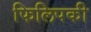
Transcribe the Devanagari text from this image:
फिलिपकी